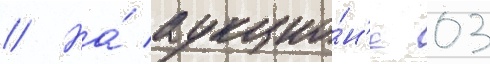
// На́ аукцио́н'е 03